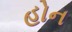
હોન